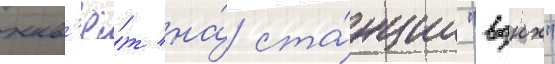
жив'ё́т на́ ста́нции "вднх"